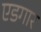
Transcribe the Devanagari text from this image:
एडगार